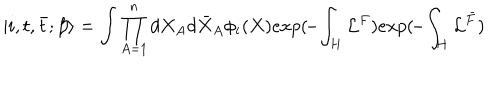
| i , t , { \bar { t } } ; \beta \rangle = \int \prod _ { A = 1 } ^ { n } d X _ { A } d { \bar { X } } _ { A } \phi _ { i } ( X ) e x p ( \! - \! \int _ { H } { \cal L } ^ { F } ) e x p ( \! - \! \int _ { H } { \cal L } ^ { \bar { F } } )